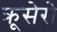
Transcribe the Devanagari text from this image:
क्रूसेरो